Scottish Certificate of Education, 1963
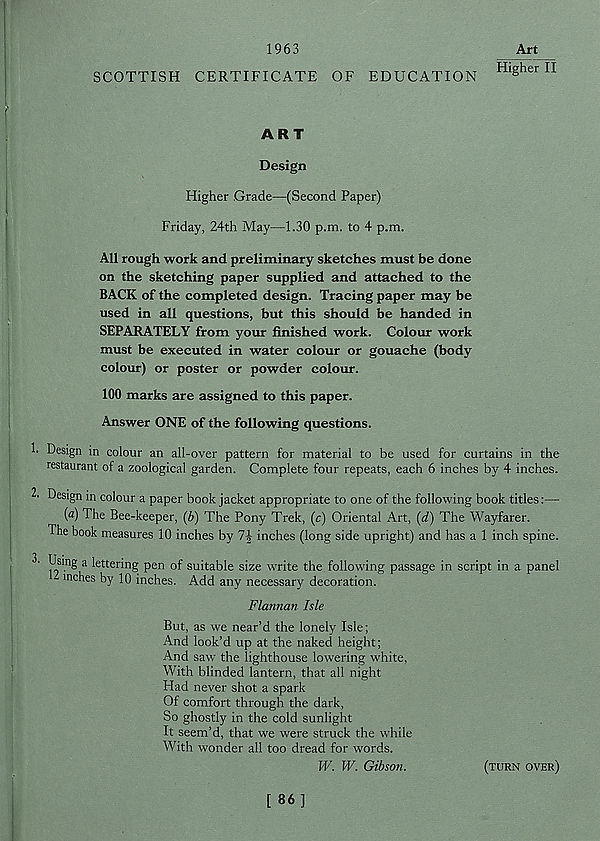
SCOTTISH
1963
EDUCATION
Art
Higher II
CERTIFICATE OF
ART
Design
Higher Grade—(Second Paper)
Friday, 24th May—1.30 p.m. to 4 p.m.
All rough work and preliminary sketches must be done
on the sketching paper supplied and attached to the
BACK of the completed design. Tracing paper may be
used in all questions, but this should be handed in
SEPARATELY from your finished work. Colour work
must be executed in water colour or gouache (body
colour) or poster or powder colour.
100 marks are assigned to this paper.
Answer ONE of the following questions.
h Design in colour an all-over pattern for material to be used for curtains in the
restaurant of a zoological garden. Complete four repeats, each 6 inches by 4 inches.
2. Design in colour a paper book jacket appropriate to one of the following book titles:—
{a) The Bee-keeper, (b) The Pony Trek, (c) Oriental Art, (d) The Wayfarer.
The book measures 10 inches by 7J inches (long side upright) and has a 1 inch spine.
3. Using a lettering pen of suitable size write the following passage in script in a panel
inches by 10 inches. Add any necessary decoration.
Flannan Isle
But, as we near’d the lonely Isle;
And look’d up at the naked height;
And saw the lighthouse lowering white.
With blinded lantern, that all night
Had never shot a spark
Of comfort through the dark,
So ghostly in the cold sunlight
It seem’d, that we were struck the while
With wonder all too dread for words.
W. W. Gibson.
(turn over)
[ 86]